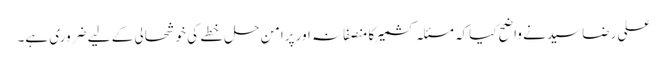
علی رضاسید نے واضح کیاکہ مسئلہ کشمیرکا منصفانہ اور پرامن حل خطے کی خوشحالی کے لیے ضروری ہے۔